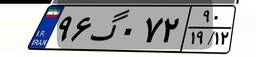
۹۶گ۰۷۲۹۰